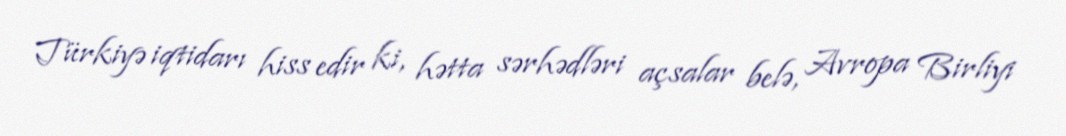
Türkiyə iqtidarı hiss edir ki, hətta sərhədləri açsalar belə, Avropa Birliyi